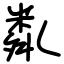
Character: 亃